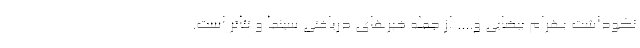
نکوداشت بهرام بیضایی و.... از جمله خبرهای دریافتی سینما و تئاتر است.